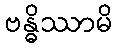
ဗန္ဓိဿာမိ